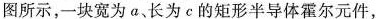
图所示，一块宽为a、长为c的矩形半导体霍尔元件，